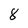
Character: 8